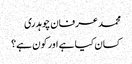
محمد عرفان چوہدری
کسان کیا ہے اور کون ہے؟